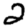
Digit: 2